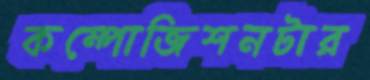
কম্পোজিশনটার